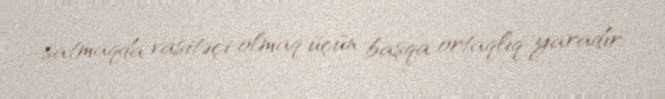
satmaqda vasitəçi olmaq üçün başqa ortaqlıq yaradır.